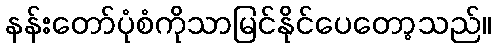
နန်းတော်ပုံစံကိုသာမြင်နိုင်ပေတော့သည်။